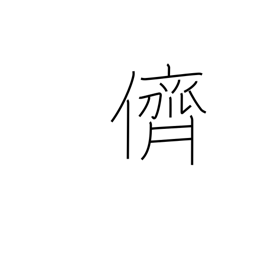
Meaning: companion